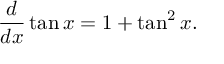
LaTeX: { \frac { d } { d x } } \tan x = 1 + \tan ^ { 2 } x .